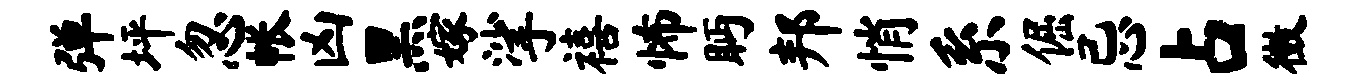
弹坪忽帐凶黑嫁挲禧怖眄邦悄系倔忌占徵